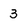
Character: 3